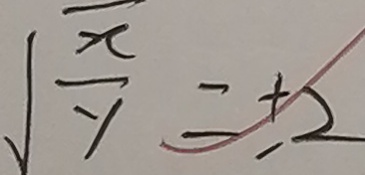
\sqrt { \frac { x } { y } } = \pm 2